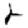
Digit: 2